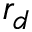
r _ { d }